Calcutta medical institutions reports 1871-78
Year: 1871
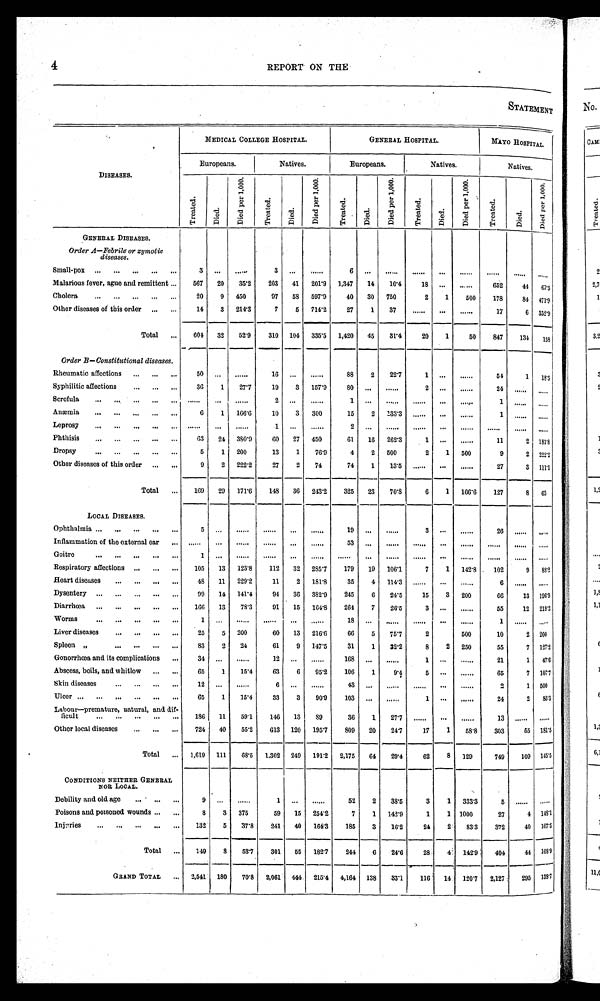
4
REPORT ON THE
S T A T E M E N T
D I S E A S E S .
MEDICAL COLLEGE HOSPITAL.
GENERAL HOSPITAL.
MAYO HOSPITAL.
Europeans.
Natives.
Europeans.
N a t i v e s .
Natives.
T r e a t e d .
D i e d .
D i e d p e r 1 , 0 0 0 .
T r e a t e d .
Di ed.
D i e d p e r 1 , 0 0 0 .
Tr e a t e d.
D i e d .
D i e d p e r 1 , 0 0 0 .
Treat ed.
D i e d .
D i e d p e r 1 , 0 0 0 .
Tr e a t e d.
Died.
D i e d p e r 1 , 0 0 0 .
GENERAL DISEASES.
Order A—Febrile or zymotic
d i s e a s e s .
Small-pox
3
. . .
. . .
3
. . .
. . .
6
. . .
. . .
. . .
. . .
. . .
. . .
. . .
. . .
Malarious fever, ague and remittent
567
20
35.2
203
41
201.9
1,347
14
10.4
1 8
. . .
. . . 652
44
6 7 . 5
Cholera
20
9
450
9 7 58
597.9
40
30
750
2
1
500
178
84
4 7 1 . 9
Other diseases of this order
14
3
214.3
7
5
714.2
27
1
37
. . .
. . .
. . . 17
6
352.9
Total
604
32
52.9
310
104
335.5
1,420
45
31.4
20
1
50
847
134
158
Order B— Constitutional diseases.
Rheumatic affections
50
. . .
. . .
16
. . .
. . .
88
2
22.7
1
. . .
. . .
54
1
18.5
Syphilitic affections
36
1
27.7
19
3
157.9
80
. . .
. . .
2
. . .
. . . 24
. . .
. . .
Scrofula
. . .
. . .
. . .
2
. . .
. . .
1
. . .
. . .
. . .
. . .
. . .
1
. . .
. . .
Anæmia
6
1
166.6
10
3
300
15
2
133.3
. . .
. . .
. . .
1
. . .
. . .
Leprosy
. . .
. . .
. . .
1
. . .
. . .
2
. . .
. . .
. . .
. . .
. . .
. . .
. . .
. . .
Phthisis
63
24
380.9
60
27
450
61
16
262.3
1
. . .
. . .
11
2
181.8
Dropsy
5
1
200
13
1
76.9
4
2
500
2
1
500
9
2
222.2
Other diseases of this order
9
2
222.2
27
2
74
74
1
13.5
. . .
. . .
. . .
27
3
111.1
Total
169
29
171.6
148
36
243.2
325
23
70.8
6
1
166.6
127
8
6 3
LOCAL DISEASES.
Ophthalmia
5
. . .
. . .
. . .
. . .
. . .
19
. . .
. . .
3
. . .
. . .
2 6
. . .
. . .
Inflammation of the external ear
. . .
. . .
. . .
. . .
. . .
. . .
53
. . .
. . .
. . .
. . .
. . .
. . .
. . .
. . .
Goitre
1
. . .
. . .
. . .
. . .
. . .
. . .
. . .
. . .
. . .
. . .
. . .
. . .
. . .
. . .
Respiratory affections
105
13
123.8
112
32
285.7
179
19
106.1
7
1
142.8
102
9
88.2
Heart diseases
48
11
229.2
11
2
181.8
35
4
114.3
. . .
. . .
. . .
6
. . .
. . .
Dysentery
99
14
141.4
94
36
382.9
245
6
24.5
15
3
200
66
13
196.9
Diarrhœa
166
13
78.3
91
15
164.8
264
7
26.5
3
. . .
. . .
55
12
218.2
Worms
1
. . .
. . .
. . .
. . .
. . .
18
. . .
. . .
. . .
. . .
. . .
1
. . .
. . .
Liver diseases
25
5
200
60
13
216.6
66
5
75.7
2
. . .
500
10
2
200
Spleen "
83
2
24
61
9
147.5
31
1
32.2
8
2
250
55
7
127.2
Gonorrhœa and its complications
34
. . .
. . .
12
. . .
. . .
168
. . .
. . .
1
. . .
. . .
21
1
47.6
Abscess, boils, and whitlow
65
1
15.4
63
6
95.2
106
1
9.4
5
. . .
. . .
65
7
107.7
Skin diseases
12
. . .
. . .
6
. . .
. . .
43
. . .
. . .
. . .
. . .
. . .
2
1
500
Ulcer
65
1
15.4
33
3
90.9
103
. . .
. . .
1
. . .
. . .
24
2
83.3
Labour—premature, natural, and dif-
ficult
186
11
59.1
146
13
89
36
1
27.7
. . .
. . .
. . .
13
. . .
. . .
Other local diseases
724
40
55.2
613
120
195.7
809
20
24.7
17
1
58.8
303
55
181.5
Total
1,619
111
68.5
1,302
249
191.2
2,175
64
29.4
62
8
129
749
109
145.5
CONDITIONS NEITHER GENERAL
NOR L O C A L .
Debility and old age
9
. . .
. . .
1
. . .
. . .
52
2
38.5
3
1
333.3
5
. . .
. . .
Poisons and poisoned wounds
8
3
375
59
15
254.2
7
1
142.9
1
1 1000
27
4
148.1
Injuries
132
5
37.8
241
40
164.3
185
3
16.2
24
2
83.3
372
40
107.5
Total
149
8
——
53.7
301
55
182.7
244
_
6
24.6
28
4
142.9
_
404
44
108.9
GRAND TOTAL
,
2,541
----
180
70.8
2,061
444
215.4
4,164
138
33.1
116
__
14
120.7
2,127
295
188.7